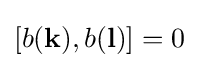
\left[b(\mathbf {k} ),b(\mathbf {l} )\right]=0